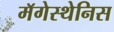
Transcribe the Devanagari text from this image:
मॅगेस्थेनिस